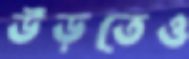
উড়তেও